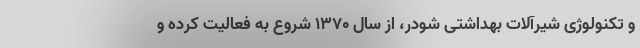
و تکنولوژی شیرآلات بهداشتی شودر، از سال ۱۳۷۰ شروع به فعالیت کرده و